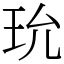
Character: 玧